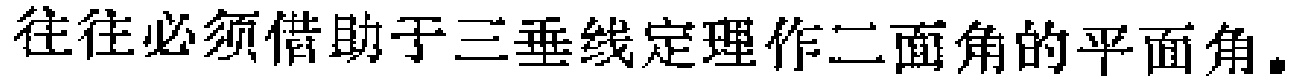
往往必须借助于三垂线定理作二面角的平面角。